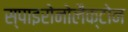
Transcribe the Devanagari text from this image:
स्पाइरोनोलैक्टोन